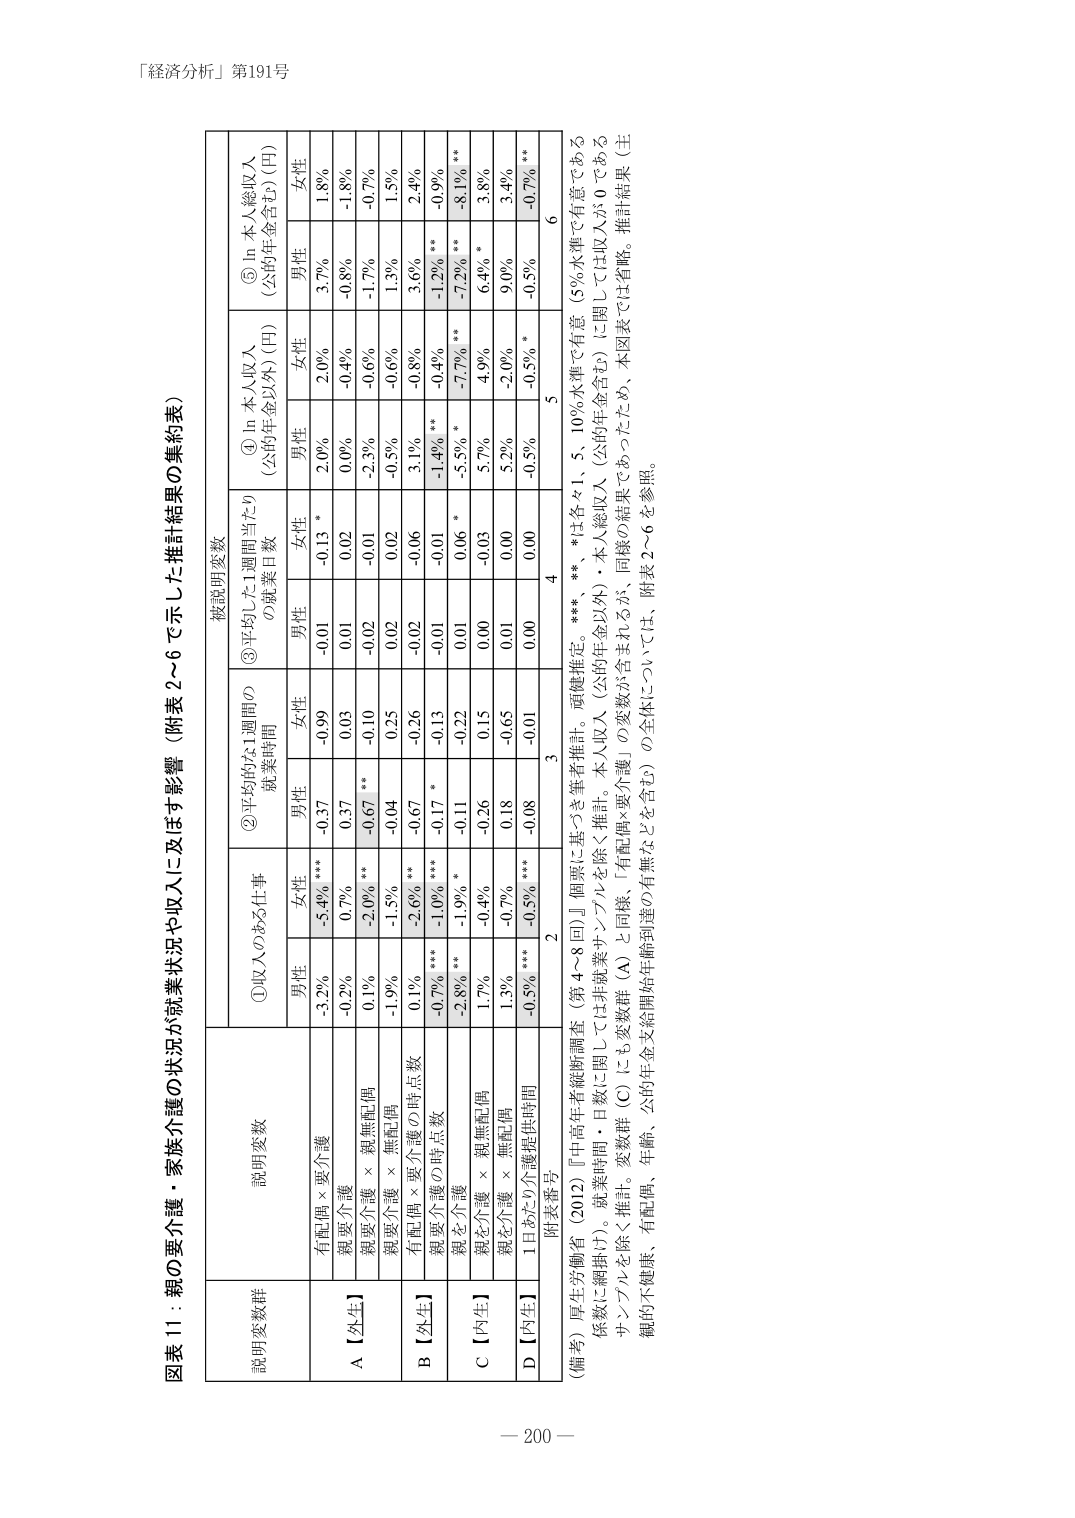
「経済分析」第191号

図表11：親の要介護・家族介護の状況が就業状況や収入に及ぼす影響（附表2～6で示した推計結果の集約表）

説明変数群

説明変数

被説明変数

①収入のある仕事

②平均的な1週間の就業時間

③平均した1週間当たりの就業日数

④ ln 本人収入（公的年金以外）(円)

⑤ ln 本人総収入（公的年金含む）(円)

男性

女性

男性

女性

男性

女性

男性

女性

男性

女性

A【外生】

有配偶×要介護

-3.2%

-5.4% ***

-0.37

-0.99

-0.01

-0.13 *

2.0%

2.0%

3.7%

1.8%

親要介護 × 無配偶

-0.2%

0.7%

0.37

0.03

0.01

0.02

0.0%

-0.4%

-0.8%

-1.8%

親要介護 × 無配偶

0.1%

-2.0% **

-0.67 **

-0.10

-0.02

-0.01

-2.3%

-0.6%

-1.7%

-0.7%

B【外生】

親要介護 × 無配偶

-1.9%

-1.5%

-0.04

0.25

0.02

0.02

-0.5%

-0.6%

1.3%

1.5%

親要介護の時点数

0.1%

-2.6% **

-0.67

-0.26

-0.02

-0.06

3.1%

-0.8%

3.6%

2.4%

親要介護の時点数

-0.7% ***

-1.0% ***

-0.17 *

-0.13

-0.01

-0.01

-1.4% **

-0.4%

-1.2% **

-0.9%

C【内生】

親を介護

-2.8% **

-1.9% *

-0.11

-0.22

0.01

0.06 *

-5.5% *

-7.7% **

-7.2% **

-8.1% **

親を介護 × 無配偶

1.7%

-0.4%

-0.26

0.15

0.00

-0.03

5.7%

4.9%

6.4% *

3.8%

親を介護 × 無配偶

1.3%

-0.7%

0.18

-0.65

0.01

0.00

5.2%

-2.0%

9.0%

3.4%

D【内生】

1日あたり介護提供時間

-0.5% ***

-0.5% ***

-0.08

-0.01

0.00

0.00

-0.5% *

-0.5% *

-0.5% *

-0.7% **

附表番号

2

3

4

5

6

（備考）厚生労働省（2012）『中高年者縦断調査（第4～8回）』個票に基づく筆者推計。頑健推定。***、**、*は各々1、5、10％水準で有意（5％水準で有意である係数に網掛け）。就業時間・日数に関しては非就業サンプルを除く推計。本人収入（公的年金以外）・本人総収入（公的年金含む）に関しては収入が0であるサンプルを除く推計。変数群（C）にも変数群（A）と同様、「有配偶×要介護」の変数が含まれるが、同様の結果であったため、本図表では省略。推計結果（主観的不健康、有配偶、年齢、公的年金支給開始年齢到達の有無などを含む）の全体については、附表2～6を参照。

－ 200 －